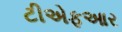
ટીએફઆર